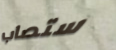
ستصاب